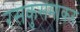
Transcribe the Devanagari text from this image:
रसकुसमाकर